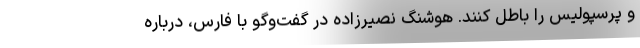
و پرسپولیس را باطل کنند. هوشنگ نصیرزاده در گفت‌وگو با فارس، درباره